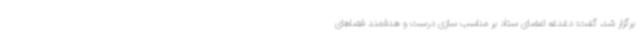
برگزار شد، گفت: دغدغه اعضای ستاد بر مناسب سازی درست و هدفمند فضاهای